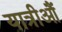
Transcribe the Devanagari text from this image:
यात्रीऔं